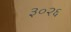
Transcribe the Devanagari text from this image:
३०२६